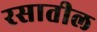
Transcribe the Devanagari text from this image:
रसातील